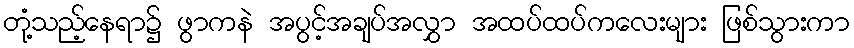
တုံ့သည့်နေရာ၌ ဖွာကနဲ အပွင့်အချပ်အလွှာ အထပ်ထပ်ကလေးများ ဖြစ်သွားကာ